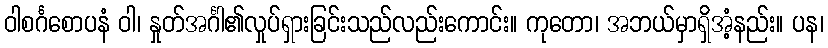
ဝါစင်္ဂစောပနံ ဝါ၊ နှုတ်အင်္ဂါ၏လှုပ်ရှားခြင်းသည်လည်းကောင်း။ ကုတော၊ အဘယ်မှာရှိအံ့နည်း။ ပန၊